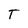
Character: T